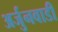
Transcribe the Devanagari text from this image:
अर्जुनवाडी